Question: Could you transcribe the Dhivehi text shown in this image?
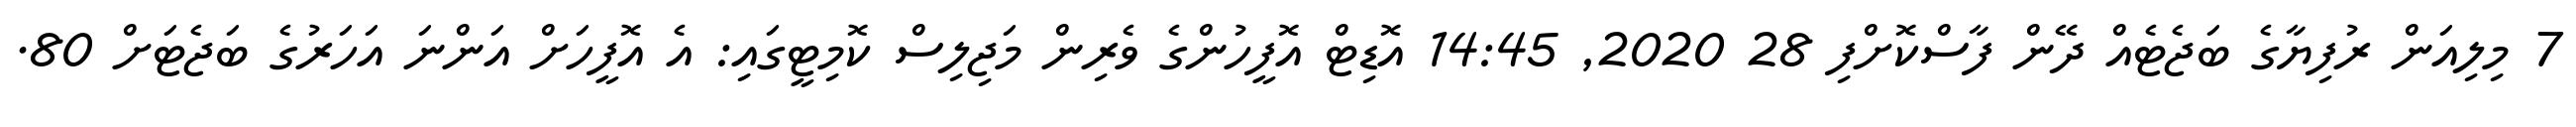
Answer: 7 މިލިއަން ރުފިޔާގެ ބަޖެޓެއް ދޭން ފާސްކޮށްފި 28 2020, 14:45 އޮޑިޓް އޮފީހުންގެ ވެރިން މަޖިލިސް ކޮމިޓީގައި: އެ އޮފީހަށް އަންނަ އަހަރުގެ ބަޖެޓަށް 80.